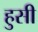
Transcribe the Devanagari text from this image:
हुसी